NAE_Eesti_seltside_protokollid_1900-1917, lk 22
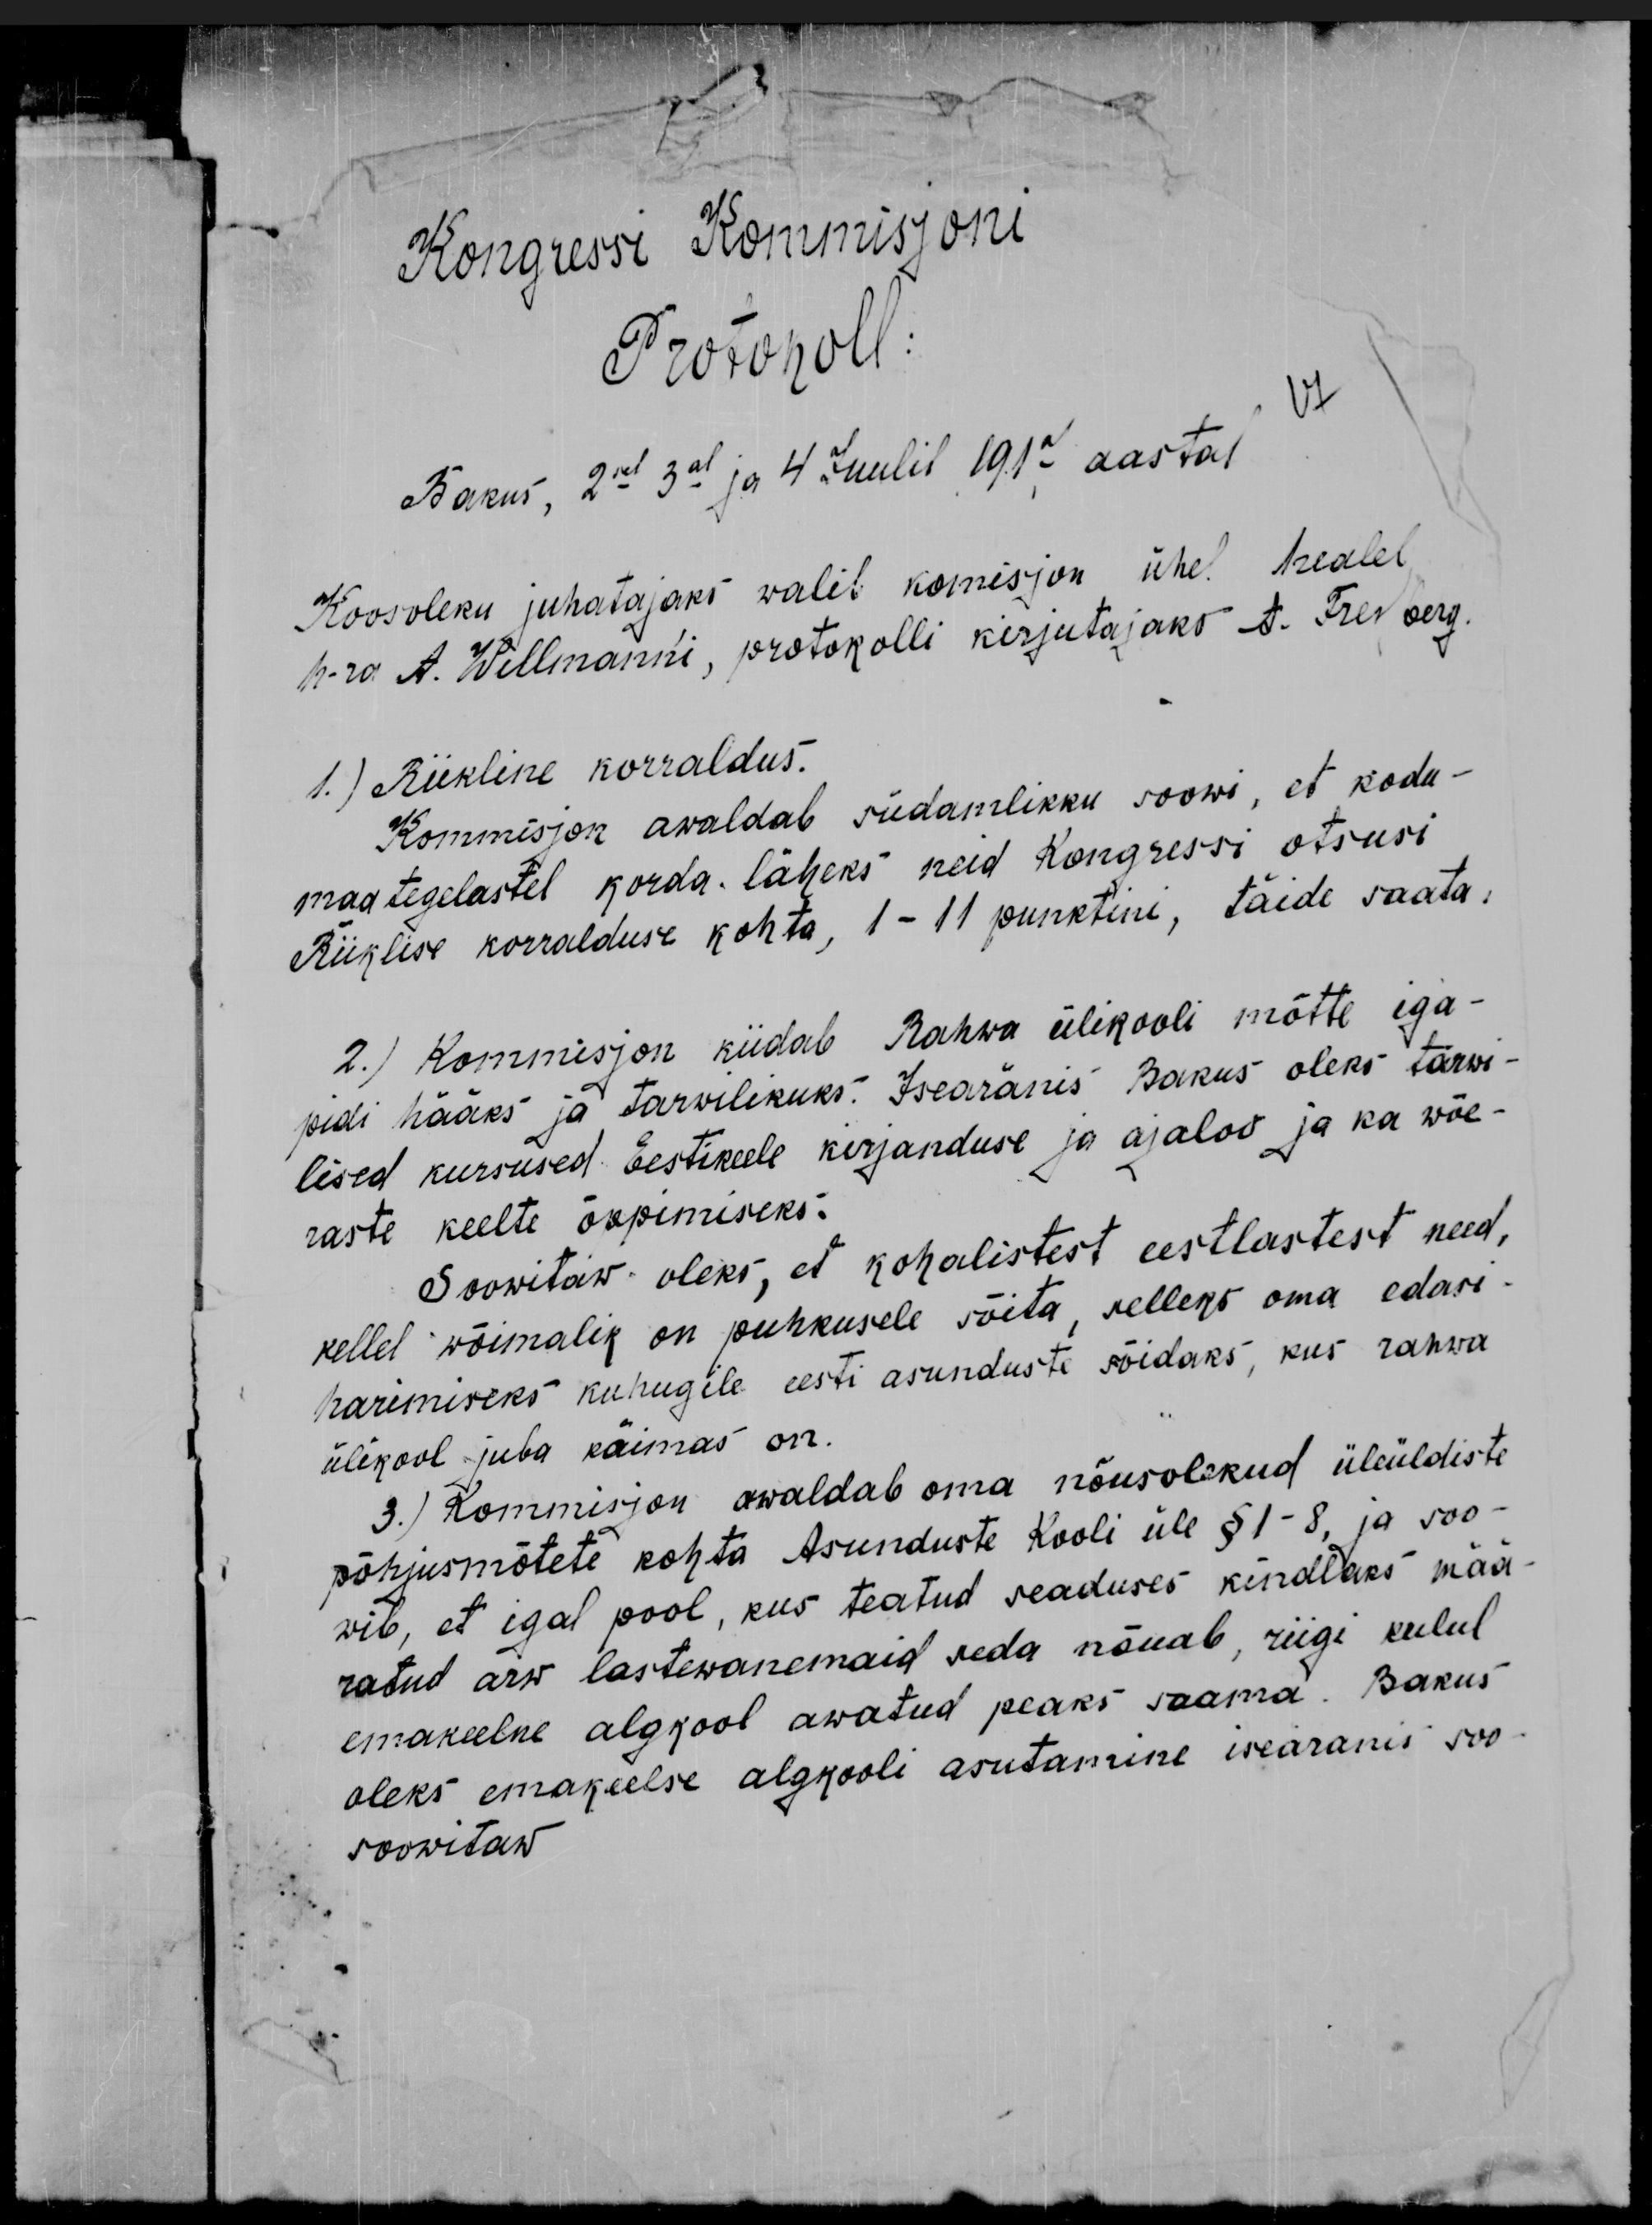
Kongressi Kommisjoni
Protokoll:
Bakus, 2sel 3al ja 4 Juulil 1917 aastal
Koosoleku juhatajaks walib komisjon ühel healel
h-ra A. Willmanni, protokolli kirjutajaks A. Freyberg
1.) Riikline korraldus.
Kommisjon awaldab südamlikku soowi, et kodu-
maa tegelastel korda läheks neid Kongressi otsusi
Riiklise korralduse kohta, 1 - 11 punktini, täide saata.
2.) Kommisjon kiidab Rahwa ülikooli mõtte iga-
pidi hääks ja tarwilikuks. Iseäranis Bakus oleks tarwi-
lised kursused Eestikeele kirjanduse ja ajaloo ja ka wõe-
raste keelte õppimiseks.
Soowitaw oleks, et kohalistest eestlastest need,
kellel wõimalik on puhkusele sõita, selleks oma edasi-
harimiseks kuhugile eesti asunduste sõidaks, kus rahwa
ülikool juba käimas on.
3.) Kommisjon awaldab oma nõusolekud üleüldiste
põhjusmõtete kohta Asunduste Kooli üle §1-8, ja soo-
wib, et igal pool, kus teatud seaduses kindlaks mää
ratud arw lastewanemaid seda nõuab, riigi kulul
emakeelne algkool awatud peaks saama. Bakus
oleks emakeelse algkooli asutamine iseäranis soo
soowitaw